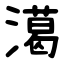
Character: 㵧